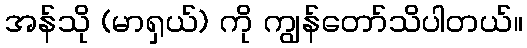
အန်သို (မာရှယ်) ကို ကျွန်တော်သိပါတယ်။